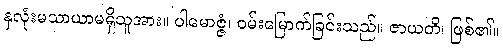
နှလုံးမသာယာမရှိသူအား။ ပါမောဇ္ဇံ၊ ဝမ်းမြောက်ခြင်းသည်။ ဇာယတိ၊ ဖြစ်၏။